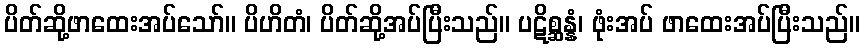
ပိတ်ဆို့ဖာထေးအပ်သော်။ ပိဟိတံ၊ ပိတ်ဆို့အပ်ပြီးသည်။ ပဋိစ္ဆန္နံ၊ ဖုံးအပ် ဖာထေးအပ်ပြီးသည်။